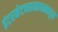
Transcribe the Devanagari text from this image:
इंटरनेटच्यामाध्यमातून